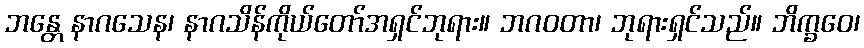
ဘန္တေ နာဂသေန၊ နာဂသိန်ကိုယ်တော်အရှင်ဘုရား။ ဘဂဝတာ၊ ဘုရားရှင်သည်။ ဘိက္ခဝေ၊